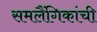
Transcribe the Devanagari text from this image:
समलैंगिकांची